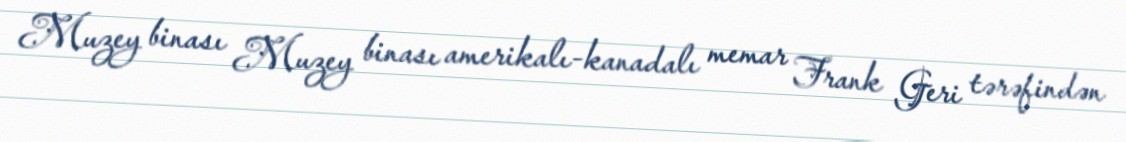
Muzey binası Muzey binası amerikalı-kanadalı memar Frank Geri tərəfindən